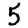
Digit: 5